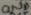
Text: GND